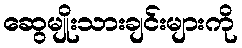
ဆွေမျိုးသားချင်းများကို